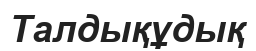
Талдықұдық